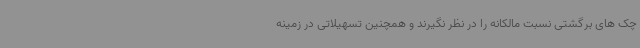
چک های برگشتی نسبت مالکانه را در نظر نگیرند و همچنین تسهیلاتی در زمینه